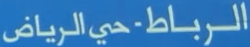
الرباط-حي-الرياض